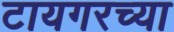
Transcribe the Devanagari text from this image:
टायगरच्या